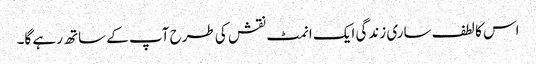
اس کا لطف ساری زندگی ایک انمٹ نقش کی طرح آپ کے ساتھ رہے گا۔